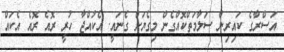
އަސްރާގެ ކައިރިން ސަލާމަތްކޮއްގެން މިގެޔަށް ގެނައީ. އެކުއްޖާ ހުރީ ރޮއެ ރޮއެ އެކައް